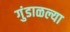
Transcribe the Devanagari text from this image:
गुंडाळल्या